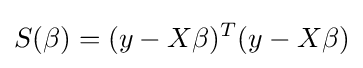
S(\beta )=(y-X\beta )^{T}(y-X\beta )